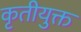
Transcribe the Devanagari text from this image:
कृतीयुक्त